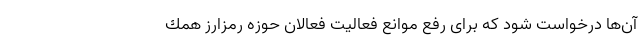
آن‌ها درخواست شود كه برای رفع موانع فعاليت فعالان حوزه رمزارز همك